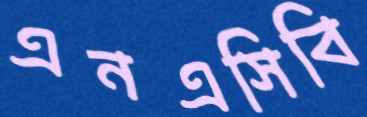
এনএসিবি